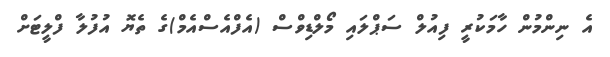
އެ ނިންމުން ހާމަކުރީ ފިއުލް ސަޕްލައި މޯލްޑިވްސް (އެފްއެސްއެމް)ގެ ތެޔޮ އުފުލާ ފްލީޓަށް